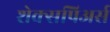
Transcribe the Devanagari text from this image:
शेक्सपिअर्स